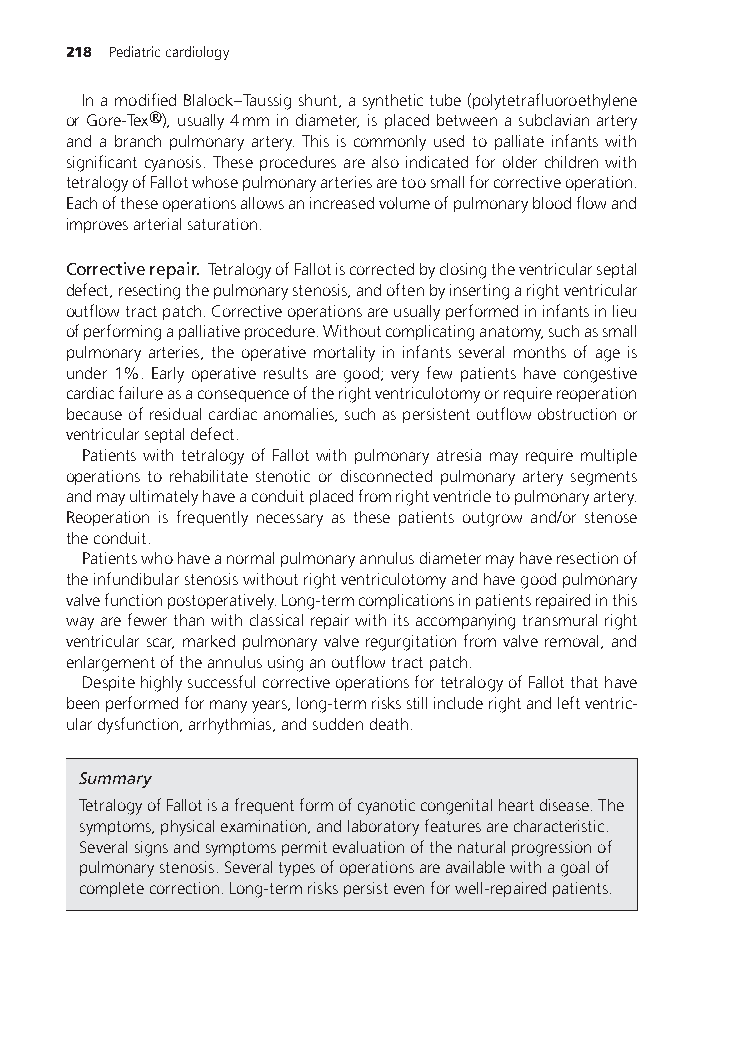
218 Pediatriccardiology
 InamodifiedBlalock–Taussigshunt,asynthetictube(polytetrafluoroethylene
 orGore-Tex®),usually4mmindiameter,isplacedbetweenasubclavianartery
 and a branch pulmonary artery. This is commonly used to palliate infants with
 significantcyanosis.Theseproceduresarealsoindicatedforolderchildrenwith
 tetralogyofFallotwhosepulmonaryarteriesaretoosmallforcorrectiveoperation.
 Eachoftheseoperationsallowsanincreasedvolumeofpulmonarybloodflowand
 improvesarterialsaturation.
 Correctiverepair. TetralogyofFallotiscorrectedbyclosingtheventricularseptal
 defect,resectingthepulmonarystenosis,andoftenbyinsertingarightventricular
 outflowtractpatch.Correctiveoperationsareusuallyperformedininfantsinlieu
 ofperformingapalliativeprocedure.Withoutcomplicatinganatomy,suchassmall
 pulmonary arteries, the operative mortality in infants several months of age is
 under 1%. Early operative results are good; very few patients have congestive
 cardiacfailureasaconsequenceoftherightventriculotomyorrequirereoperation
 becauseofresidualcardiacanomalies,suchaspersistentoutflowobstructionor
 ventricularseptaldefect.
 Patients with tetralogy of Fallot with pulmonary atresia may require multiple
 operations to rehabilitate stenotic or disconnected pulmonary artery segments
 andmayultimatelyhaveaconduitplacedfromrightventricletopulmonaryartery.
 Reoperation is frequently necessary as these patients outgrow and/or stenose
 theconduit.
 Patientswhohaveanormalpulmonaryannulusdiametermayhaveresectionof
 theinfundibularstenosiswithoutrightventriculotomyandhavegoodpulmonary
 valvefunctionpostoperatively.Long-termcomplicationsinpatientsrepairedinthis
 wayarefewerthanwithclassicalrepairwithitsaccompanyingtransmuralright
 ventricularscar,markedpulmonaryvalveregurgitationfromvalveremoval,and
 enlargementoftheannulususinganoutflowtractpatch.
 DespitehighlysuccessfulcorrectiveoperationsfortetralogyofFallotthathave
 beenperformedformanyyears,long-termrisksstillincluderightandleftventric-
 ulardysfunction,arrhythmias,andsuddendeath.
 Summary
 TetralogyofFallotisafrequentformofcyanoticcongenitalheartdisease.The
 symptoms,physicalexamination,andlaboratoryfeaturesarecharacteristic.
 Severalsignsandsymptomspermitevaluationofthenaturalprogressionof
 pulmonarystenosis.Severaltypesofoperationsareavailablewithagoalof
 completecorrection.Long-termriskspersistevenforwell-repairedpatients.